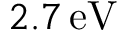
2 . 7 \, \mathrm { e V }